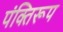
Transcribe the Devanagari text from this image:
पंक्तिरूप